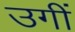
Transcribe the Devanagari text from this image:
उगीं